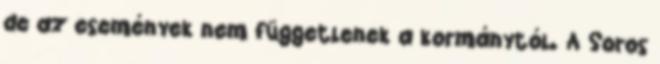
de az események nem függetlenek a kormánytól. A Soros